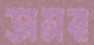
অসর